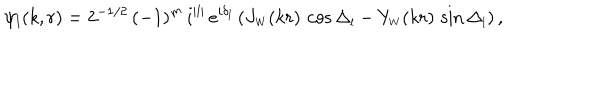
\psi _ { l } ( k , r ) = 2 ^ { - 1 / 2 } \, ( - 1 ) ^ { m } \, i ^ { | l | } \, e ^ { i \delta _ { l } } \, ( J _ { \scriptscriptstyle { W } } ( k r ) \, \cos \Delta _ { \scriptscriptstyle { l } } - Y _ { \scriptscriptstyle { W } } ( k r ) \, \sin \Delta _ { \scriptscriptstyle { l } } ) \, ,